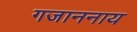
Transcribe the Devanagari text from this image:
गजाननाय